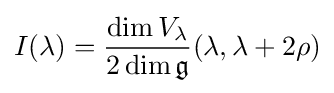
I(\lambda )={\frac {\dim V_{\lambda }}{2\dim {\mathfrak {g}}}}(\lambda ,\lambda +2\rho )